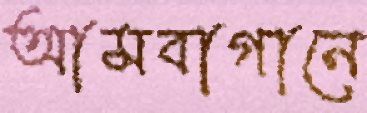
আমবাগানে